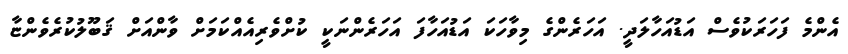
އެންމެ ފަހަރަކުވެސް އަޑުއަހާލަދީ. އަހަރެންގެ މިވާހަކަ އަޑުއަހާފަ އަހަރެންނަކީ ކުށްވެރިއެއްކަމަށް ވާންއަށް ޤަބޫލުކުރެވެންޏާ